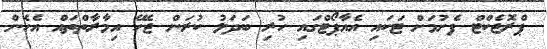
ޕްރޮޖެކްޓް ފެށުމަށް ޓަކައި އެއާޕޯޓްގައި ހުރި ބަދަލު ކުރަން ޖެހޭ އިމާރާތްތައް އެހެން